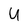
Character: U